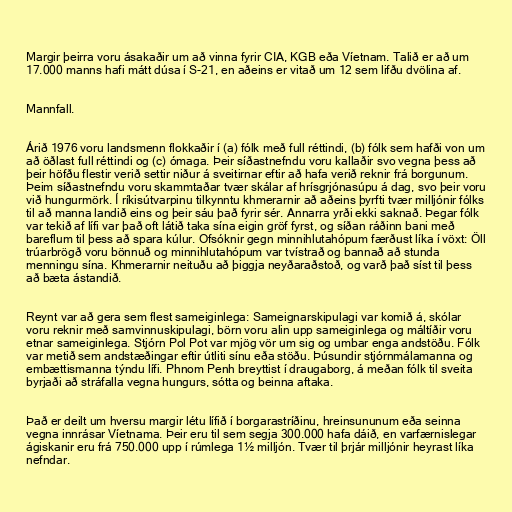
Margir þeirra voru ásakaðir um að vinna fyrir CIA, KGB eða Víetnam. Talið er að um
17.000 manns hafi mátt dúsa í S-21, en aðeins er vitað um 12 sem lifðu dvölina af.

Mannfall.

Árið 1976 voru landsmenn flokkaðir í (a) fólk með full réttindi, (b) fólk sem hafði von um
að öðlast full réttindi og (c) ómaga. Þeir síðastnefndu voru kallaðir svo vegna þess að
þeir höfðu flestir verið settir niður á sveitirnar eftir að hafa verið reknir frá borgunum.
Þeim síðastnefndu voru skammtaðar tvær skálar af hrísgrjónasúpu á dag, svo þeir voru
við hungurmörk. Í ríkisútvarpinu tilkynntu khmerarnir að aðeins þyrfti tvær milljónir fólks
til að manna landið eins og þeir sáu það fyrir sér. Annarra yrði ekki saknað. Þegar fólk
var tekið af lífi var það oft látið taka sína eigin gröf fyrst, og síðan ráðinn bani með
bareflum til þess að spara kúlur. Ofsóknir gegn minnihlutahópum færðust líka í vöxt: Öll
trúarbrögð voru bönnuð og minnihlutahópum var tvístrað og bannað að stunda
menningu sína. Khmerarnir neituðu að þiggja neyðaraðstoð, og varð það síst til þess
að bæta ástandið.

Reynt var að gera sem flest sameiginlega: Sameignarskipulagi var komið á, skólar
voru reknir með samvinnuskipulagi, börn voru alin upp sameiginlega og máltíðir voru
etnar sameiginlega. Stjórn Pol Pot var mjög vör um sig og umbar enga andstöðu. Fólk
var metið sem andstæðingar eftir útliti sínu eða stöðu. Þúsundir stjórnmálamanna og
embættismanna týndu lífi. Phnom Penh breyttist í draugaborg, á meðan fólk til sveita
byrjaði að stráfalla vegna hungurs, sótta og beinna aftaka.

Það er deilt um hversu margir létu lífið í borgarastríðinu, hreinsununum eða seinna
vegna innrásar Víetnama. Þeir eru til sem segja 300.000 hafa dáið, en varfærnislegar
ágiskanir eru frá 750.000 upp í rúmlega 1½ milljón. Tvær til þrjár milljónir heyrast líka
nefndar.